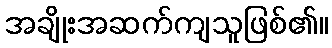
အချိုးအဆက်ကျသူဖြစ်၏။